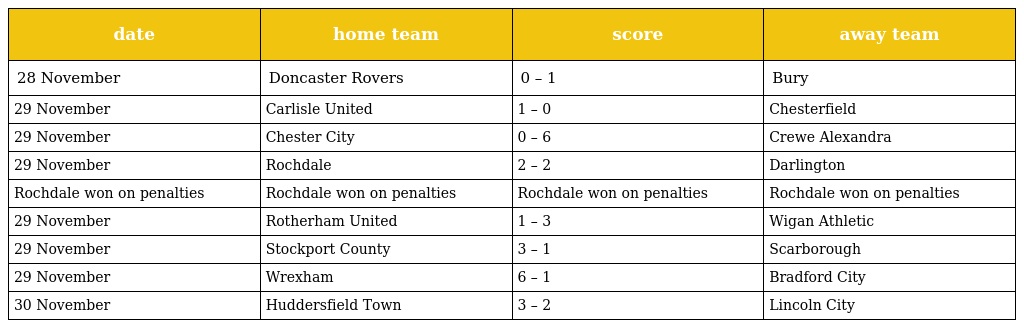
| date | home team | score | away team |
 | --- | --- | --- | --- |
 | 28 November | Doncaster Rovers | 0 – 1 | Bury |
 | 29 November | Carlisle United | 1 – 0 | Chesterfield |
 | 29 November | Chester City | 0 – 6 | Crewe Alexandra |
 | 29 November | Rochdale | 2 – 2 | Darlington |
 | Rochdale won on penalties | Rochdale won on penalties | Rochdale won on penalties | Rochdale won on penalties |
 | 29 November | Rotherham United | 1 – 3 | Wigan Athletic |
 | 29 November | Stockport County | 3 – 1 | Scarborough |
 | 29 November | Wrexham | 6 – 1 | Bradford City |
 | 30 November | Huddersfield Town | 3 – 2 | Lincoln City |